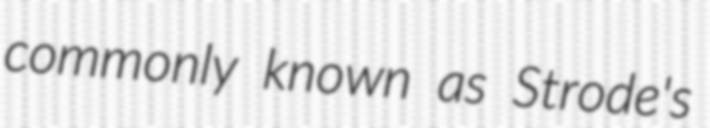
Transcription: commonly known as Strode's